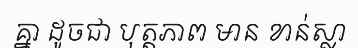
គ្នា ដូចជា បុត្តភាព មាន ខាន់ស្លា